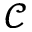
\mathcal { C }